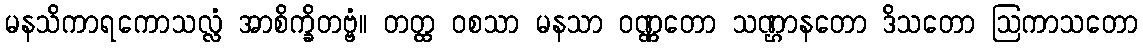
မနသိကာရကောသလ္လံ အာစိက္ခိတဗ္ဗံ။ တတ္ထ ဝစသာ မနသာ ဝဏ္ဏတော သဏ္ဌာနတော ဒိသတော ဩကာသတော